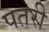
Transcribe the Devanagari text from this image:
पतरी